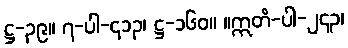
ဋ္ဌ-၃၉။ ၇-ပါ-၄၁၃၊ ဋ္ဌ-၁၆၀။ ။ဣတိ-ပါ-၂၄၃၊